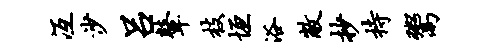
冱沙吕鼙枝垣浴敝抄持鬻